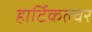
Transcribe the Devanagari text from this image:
हार्टिकल्चर